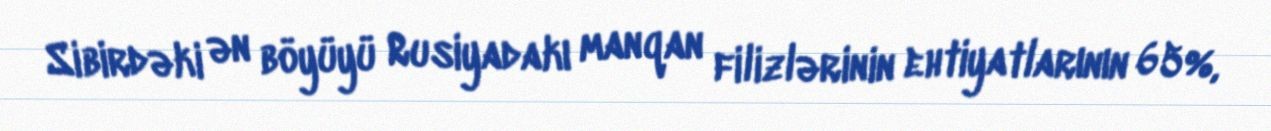
Sibirdəki ən böyüyü Rusiyadakı manqan filizlərinin ehtiyatlarının 65%,